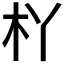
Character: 𣏎